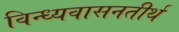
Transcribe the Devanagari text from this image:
विन्ध्यवासनतीर्थ